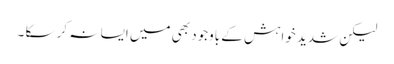
لیکن شدید خواہش کے باوجود بھی میں ایسا نہ کر سکا ۔